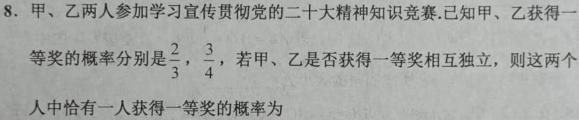
8. 甲、乙两人参加学习宣传贯彻党的二十大精神知识竞赛.已知甲、乙获得一等奖的概率分别是$\frac{2}{3}$，$\frac{3}{4}$，若甲、乙是否获得一等奖相互独立，则这两个人中恰有一人获得一等奖的概率为